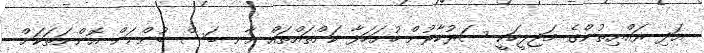
އަދި ރައްޔިތުންގެ މަޖިލީހަކީ ސަރުކާރުން ހުށަހަޅާ ކަންތައްތައް އާނ ބަސް ބުންނަން އޮންނަތަކަށް